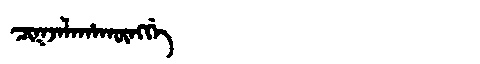
Manchu: ᠴᡳᡴᠵᠠᠯᠠᡥᠠᡴᡡᠩᡤᡝ
Romanization: CIKJALAHAKŪNGGE